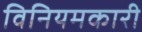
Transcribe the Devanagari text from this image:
विनियमकारी